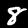
Label: 8